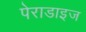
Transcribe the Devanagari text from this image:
पेराडाइज